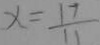
x = \frac { 1 7 } { 1 1 }